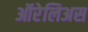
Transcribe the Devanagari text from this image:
ऑरेलिअस